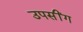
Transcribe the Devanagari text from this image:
उपसींग